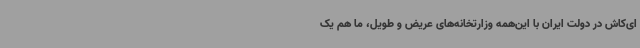
ای‌کاش در دولت ایران با این‌همه وزارتخانه‌های عریض و طویل، ما هم یک